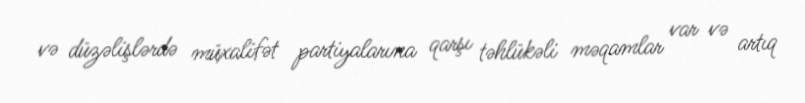
və düzəlişlərdə müxalifət partiyalarına qarşı təhlükəli məqamlar var və artıq